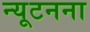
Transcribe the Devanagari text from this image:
न्यूटनना